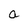
Character: a